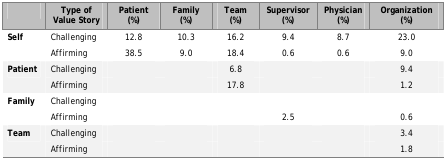
|  | Type of Value Story | Patient (%) | Family (%) | Team (%) | Supervisor (%) | Physician (%) | Organization (%) |
 | --- | --- | --- | --- | --- | --- | --- | --- |
 | <ROWSPAN=2> Self | Challenging | 12.8 | 10.3 | 16.2 | 9.4 | 8.7 | 23.0 |
 | Affirming | 38.5 | 9.0 | 18.4 | 0.6 | 0.6 | 9.0 |
 | <ROWSPAN=2> Patient | Challenging |  |  | 6.8 |  |  | 9.4 |
 | Affirming |  |  | 17.8 |  |  | 1.2 |
 | <ROWSPAN=2> Family | Challenging |  |  |  |  |  |  |
 | Affirming |  |  |  | 2.5 |  | 0.6 |
 | <ROWSPAN=2> Team | Challenging |  |  |  |  |  | 3.4 |
 | Affirming |  |  |  |  |  | 1.8 |